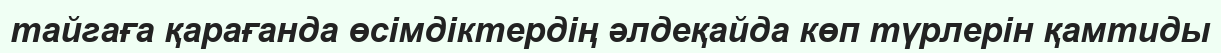
тайгаға қарағанда өсімдіктердің әлдеқайда көп түрлерін қамтиды